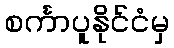
စင်္ကာပူနိုင်ငံမှ